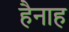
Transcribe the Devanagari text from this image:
हैनाह